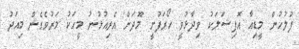
ފުލުހުން މީޑިއާ އޮފިޝަލަކު ވިދާޅުވީ ހޯރަފުށީ މޫދަށް އެރިއުޅުނު މީހަކު މަރުވެގެން މިއަދު